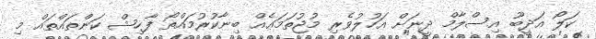
ކަލޯ އަދީބޫ އިސްލާމް ދީނަށް އަހުލުވެރި މުޖުތަމަޢެއް ބިނާކުރުމައްތޯ ފާހިޝް ކަންތައްތައް މި